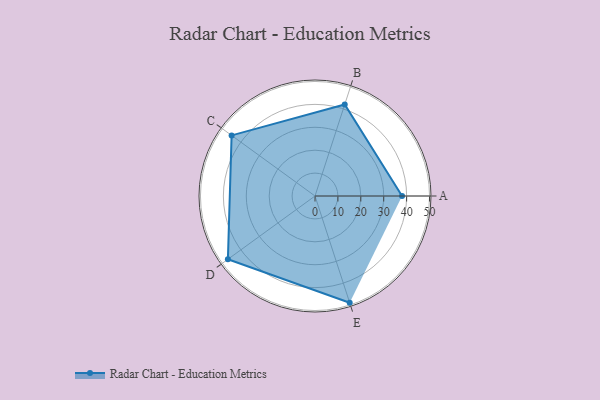
{"axis": {"x": "Skill", "y": "Score"}, "legend": ["Profile"], "data": [{"x": "A", "y": 38.0, "type": "Profile"}, {"x": "B", "y": 42.0, "type": "Profile"}, {"x": "C", "y": 45.0, "type": "Profile"}, {"x": "D", "y": 47.0, "type": "Profile"}, {"x": "E", "y": 49.0, "type": "Profile"}]}